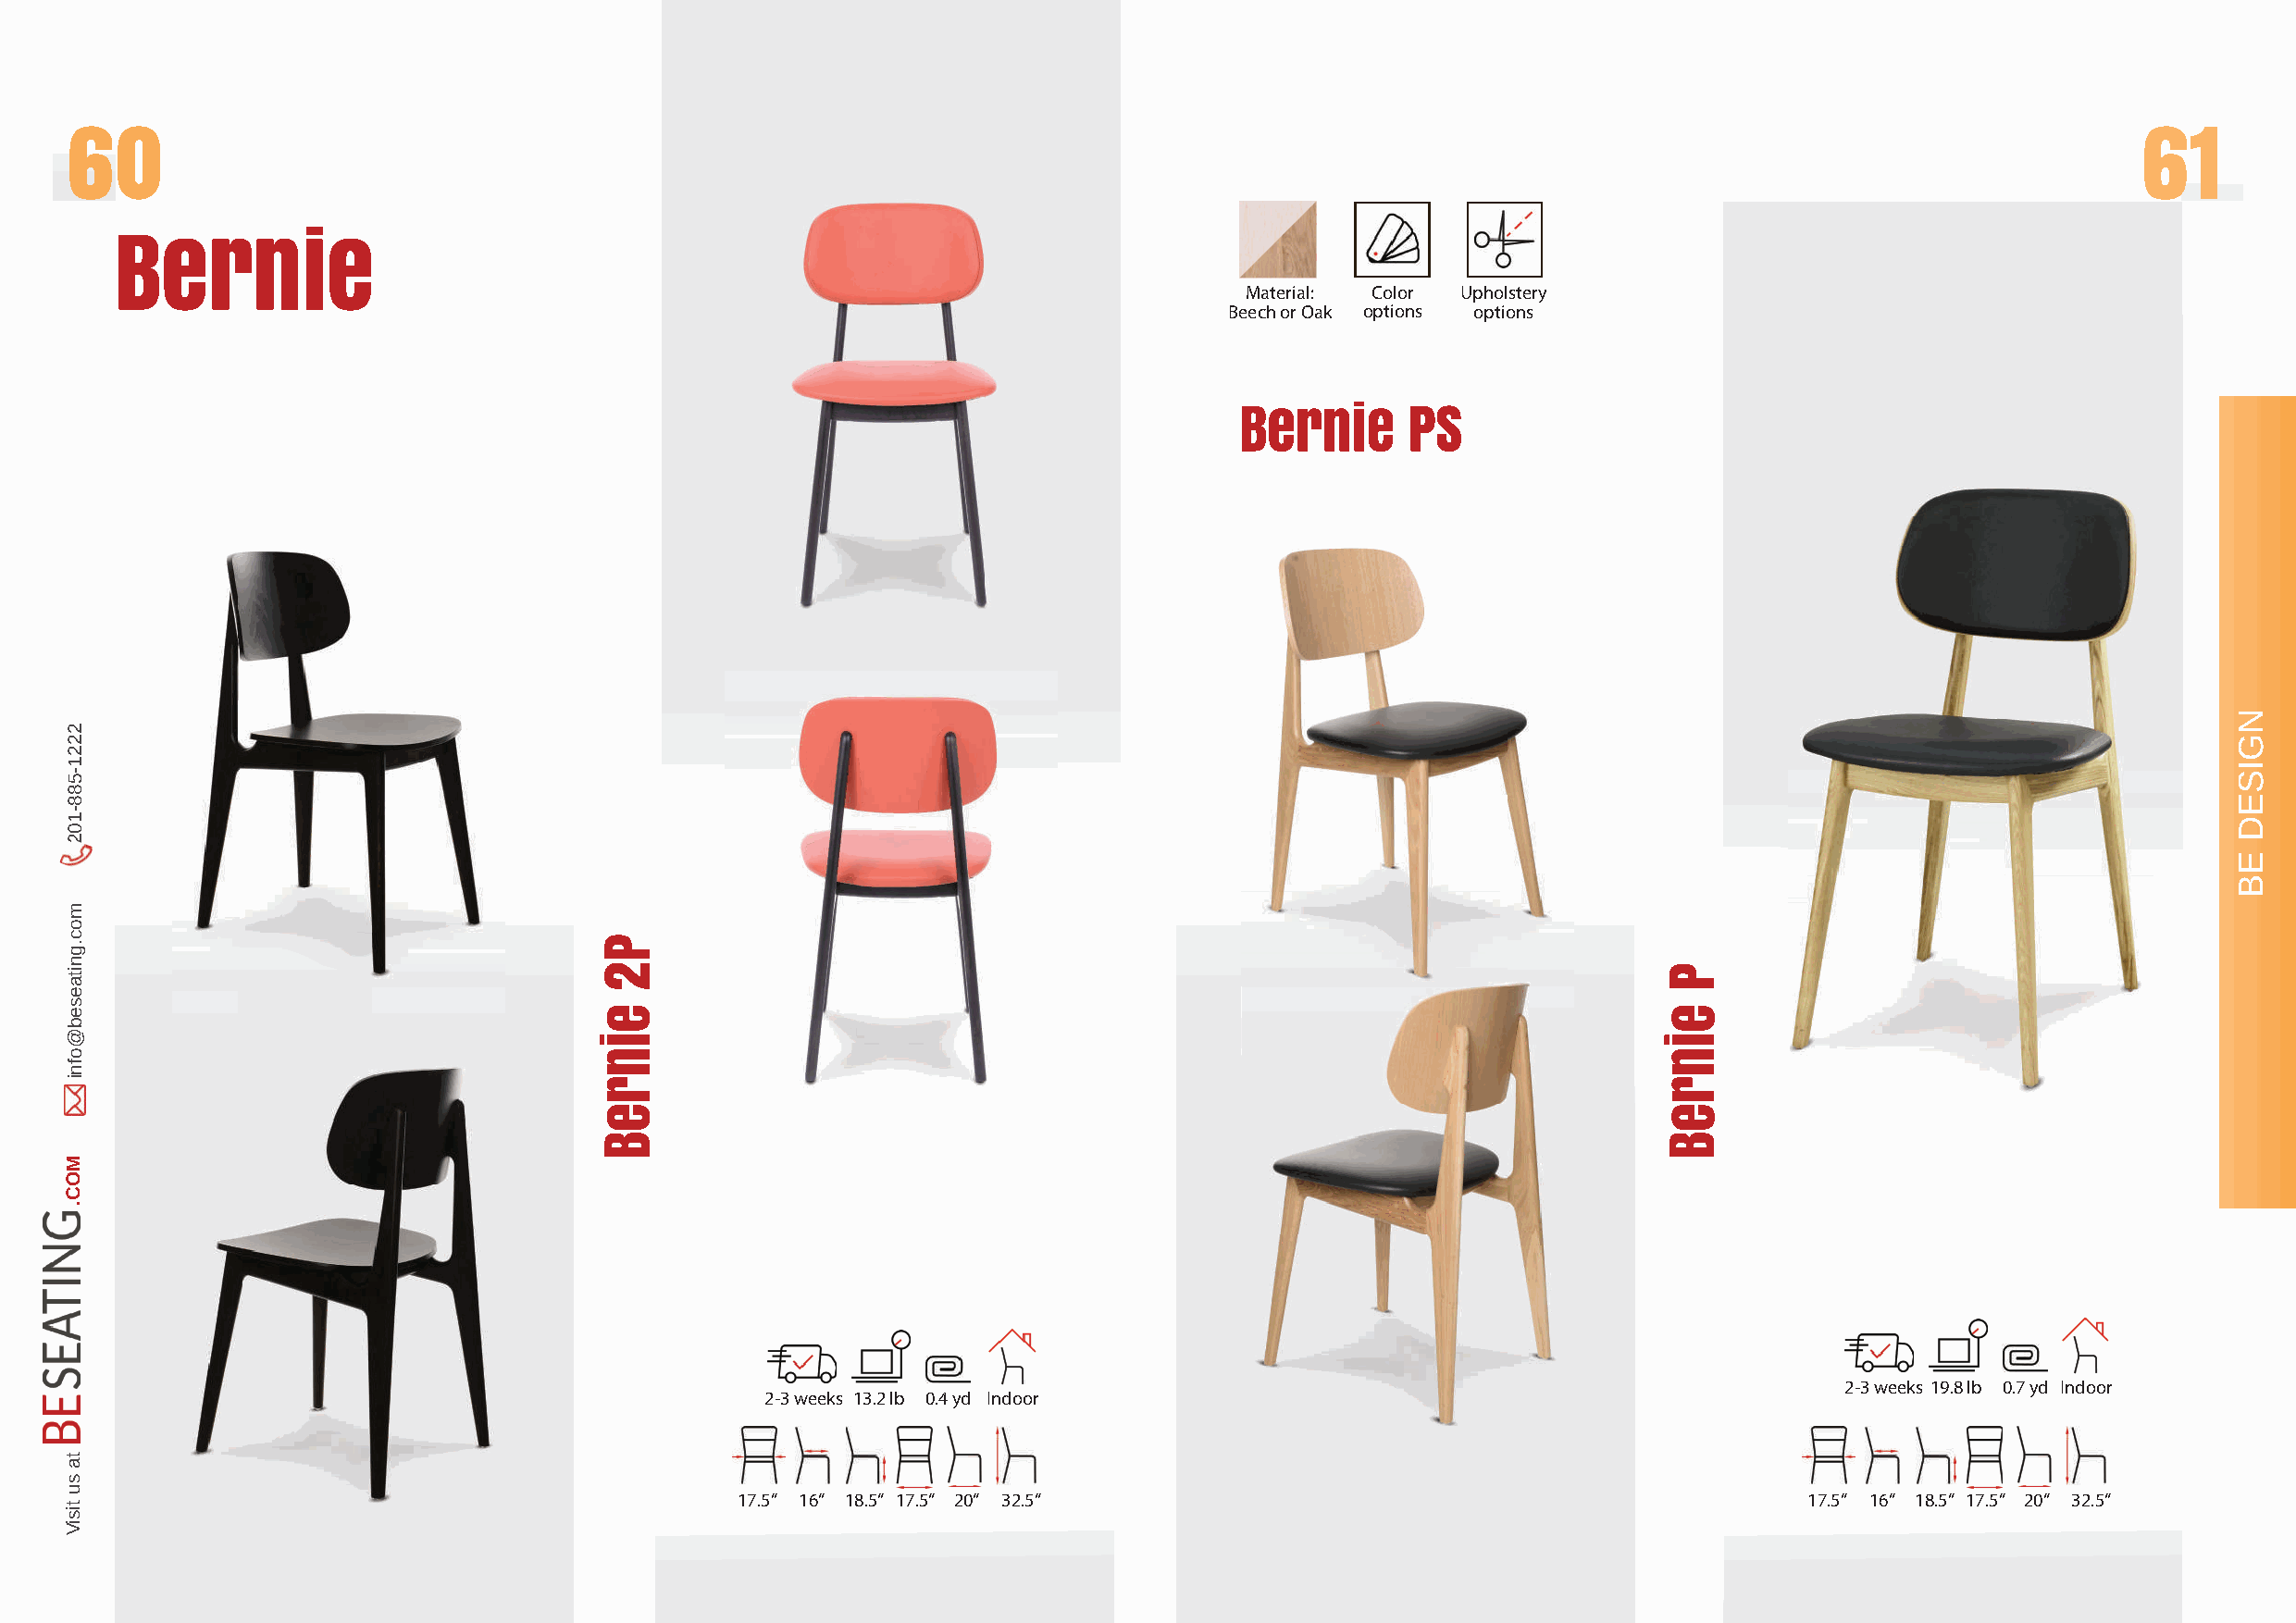
60                                                                                                                                                  61
 Bernie
 Material: Color Upholstery
 Beech or Oak options options
 Bernie      PS
 2-3 weeks 19.8 lb 0.7 yd Indoor
 2-3 weeks 13.2 lb 0.4 yd Indoor
 17.5’’ 16’’ 18.5’’ 17.5’’ 20’’ 32.5’’                                       17.5’’ 16’’ 18.5’’ 17.5’’ 20’’ 32.5’’
 22222211--558888--110022
 mmoocc..ggnniittaaeesseebb@@ooffnnii
 MOC.
 ta
 su
 tisiV
 P2
 einreB
 P
 einreB
 NGISED
 EB